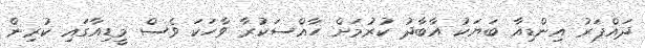
ދައްޕަރު އިންޑިއާ ބަޔަކު އާބާދު ކުރުމަށް ހާއްސަކުރާ ވާހަކަ ވެސް މީޑިއާގައި ކުރިން